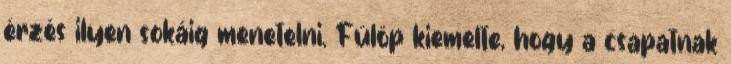
érzés ilyen sokáig menetelni. Fülöp kiemelte, hogy a csapatnak